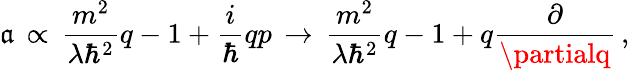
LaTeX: \mathfrak{a}\, \propto\, \frac{{m^{2}}}{{\lambda\hbar^{2}}}q-1+\frac{{i}}{{\hbar}}qp\, \rightarrow\, \frac{{m^{2}}}{{\lambda\hbar^{2}}}q-1+q\frac{{\partial}}{{\partialq}}\, ,